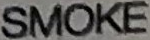
SMOKE